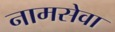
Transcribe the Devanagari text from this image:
नामसेवा